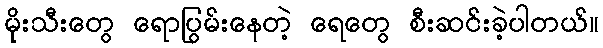
မိုးသီးတွေ ရောပြွမ်းနေတဲ့ ရေတွေ စီးဆင်းခဲ့ပါတယ်။